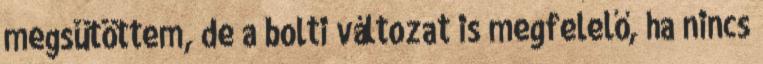
megsütöttem, de a bolti változat is megfelelő, ha nincs